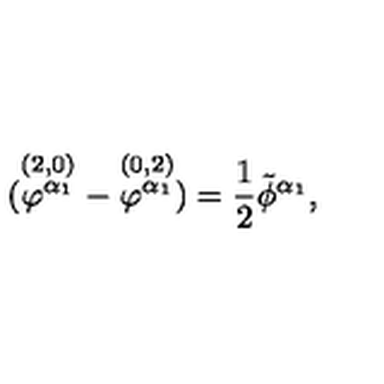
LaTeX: ( \stackrel { ( 2 , 0 ) } { \varphi ^ { \alpha _ { 1 } } } - \stackrel { ( 0 , 2 ) } { \varphi ^ { \alpha _ { 1 } } } ) = { \frac { 1 } { 2 } } \tilde { \phi } ^ { \alpha _ { 1 } } ,